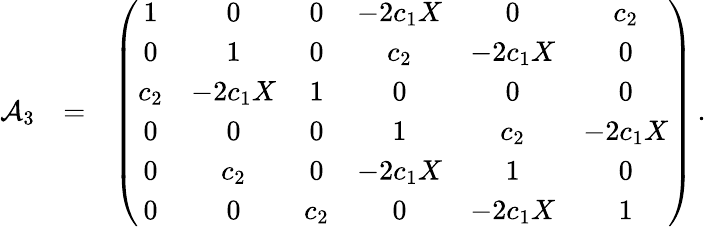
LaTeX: \begin{array}{rlr}{{\cal A}_{3}}&{=}&{\left(\begin{array}{cccccc}{1}&{0}&{0}&{-2c_{1}X}&{0}&{c_{2}}\\ {0}&{1}&{0}&{c_{2}}&{-2c_{1}X}&{0}\\ {c_{2}}&{-2c_{1}X}&{1}&{0}&{0}&{0}\\ {0}&{0}&{0}&{1}&{c_{2}}&{-2c_{1}X}\\ {0}&{c_{2}}&{0}&{-2c_{1}X}&{1}&{0}\\ {0}&{0}&{c_{2}}&{0}&{-2c_{1}X}&{1}\end{array}\right)\, .}\end{array}